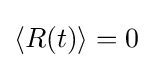
\left\langle R(t)\right\rangle =0